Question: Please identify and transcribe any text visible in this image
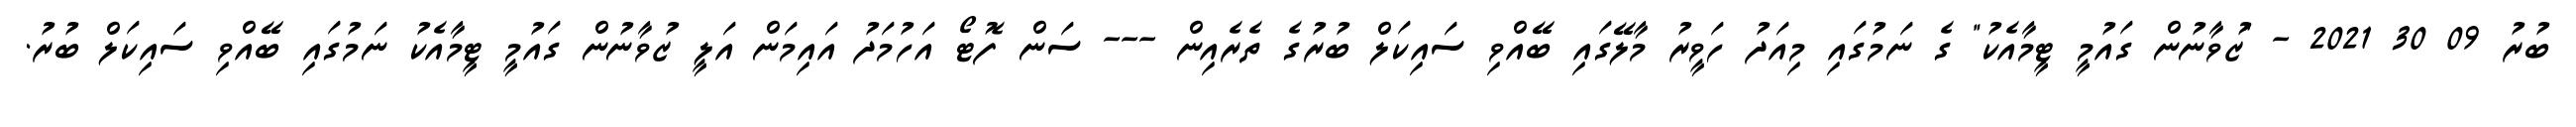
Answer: ބުރު 09 30 2021 - "ޒުވާނުން ގައުމީ ޓީމާއެކު" ގެ ނަމުގައި މިއަދު ހަވީރު މާލޭގައި ބޭއްވި ސައިކަލް ބުރުގެ ތެރެއިން --- ސަން ފޮޓޯ އަހުމަދު އައިމަން އަލީ ޒުވާނުން ގައުމީ ޓީމާއެކު ނަމުގައި ބޭއްވި ސައިކަލް ބުރު.